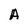
Character: A